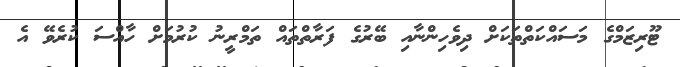
ޓޫރިޒަމްގެ މަސައްކަތްތަކަށް ދިވެހިންނާއި ބޭރުގެ ފަރާތްތައް ތަމްރީނު ކުރުމަށް ހާއްސަ ކުރެވޭ އެ